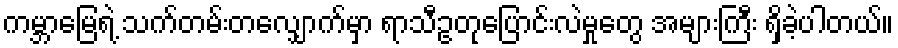
ကမ္ဘာမြေရဲ့ သက်တမ်းတလျှောက်မှာ ရာသီဥတုပြောင်းလဲမှုတွေ အများကြီး ရှိခဲ့ပါတယ်။